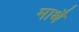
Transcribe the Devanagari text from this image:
माथै